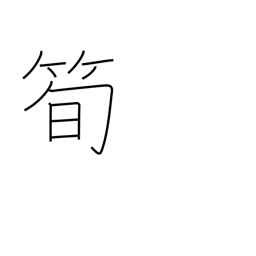
Meaning: bamboo shoot